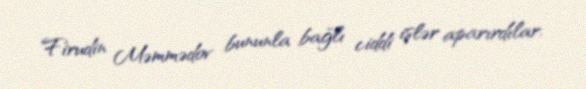
Firudin Məmmədov bununla bağlı ciddi işlər aparırdılar.